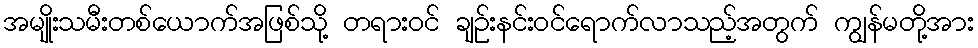
အမျိုးသမီးတစ်ယောက်အဖြစ်သို့ တရားဝင် ချဉ်းနင်းဝင်ရောက်လာသည့်အတွက် ကျွန်မတို့အား